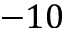
- 1 0